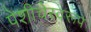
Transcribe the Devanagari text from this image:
पेशीचेस्वरूप